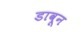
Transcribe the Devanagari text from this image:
डावून